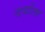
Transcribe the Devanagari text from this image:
दर्याला